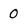
Character: 0